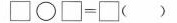
\Box \circ \Box= \Box （ ）